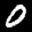
Label: 0